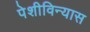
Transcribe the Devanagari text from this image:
पेशीविन्यास